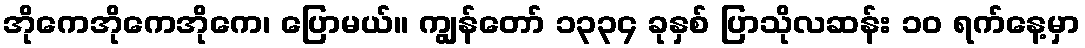
အိုကေအိုကေအိုကေ၊ ပြောမယ်။ ကျွန်တော် ၁၃၃၄ ခုနှစ် ပြာသိုလဆန်း ၁၀ ရက်နေ့မှာ